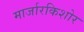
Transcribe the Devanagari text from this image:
मार्जारकिशोर